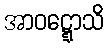
အာဝဋ္ဋောသိ